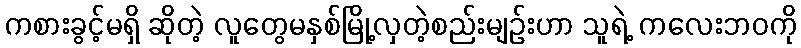
ကစားခွင့်မရှိ ဆိုတဲ့ လူတွေမနှစ်မြို့လှတဲ့စည်းမျဉ်းဟာ သူရဲ့ ကလေးဘဝကို